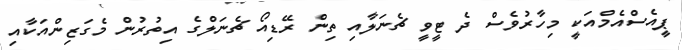
ޕީއެސްއެމްއަކީ މިހާރުވެސް ދެ ޓީވީ ޗެނަލާއި ތިން ރޭޑިއޯ ޗެނަލްގެ އިތުރުން މެގަޒިންއަކާއި